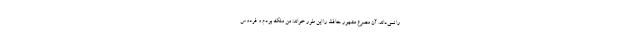
را نمی‌داند. آن مصرع مشهور حافظ را این طور خواند: من ملِک بودم و فردوس